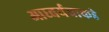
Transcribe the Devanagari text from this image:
आघ्वर्यवाकडे